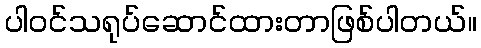
ပါဝင်သရုပ်ဆောင်ထားတာဖြစ်ပါတယ်။